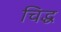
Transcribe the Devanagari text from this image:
चिद्ध